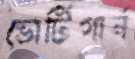
ভোর্টিগার্ন